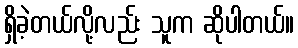
ရှိခဲ့တယ်လို့လည်း သူက ဆိုပါတယ်။